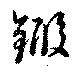
鍜